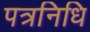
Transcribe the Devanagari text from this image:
पत्रनिधि